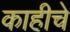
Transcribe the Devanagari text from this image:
काहीचे